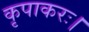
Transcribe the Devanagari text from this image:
कृपाकरः।